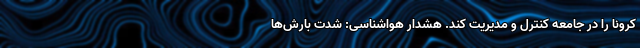
کرونا را در جامعه کنترل و مدیریت کند. هشدار هواشناسی: شدت بارش‌ها